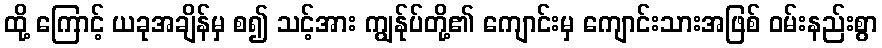
ထို့ ကြောင့် ယခုအချိန်မှ စ၍ သင့်အား ကျွန်ုပ်တို့၏ ကျောင်းမှ ကျောင်းသားအဖြစ် ဝမ်းနည်းစွာ